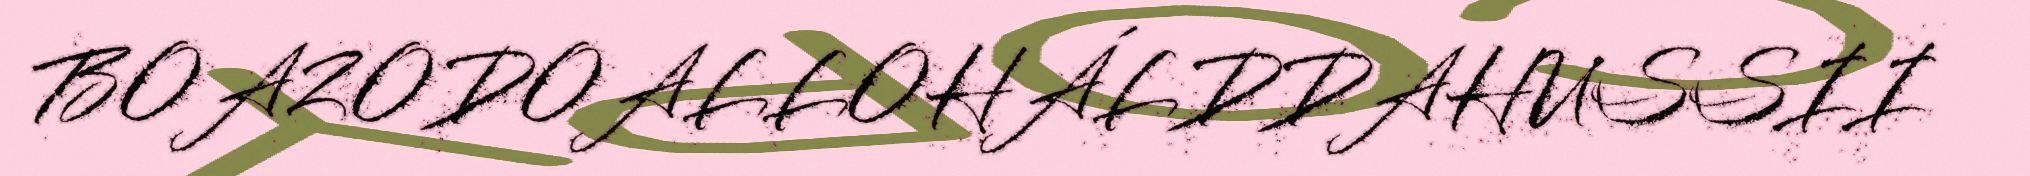
BOAZODOALLOHÁLDDAHUSSII